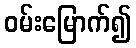
ဝမ်းမြောက်၍